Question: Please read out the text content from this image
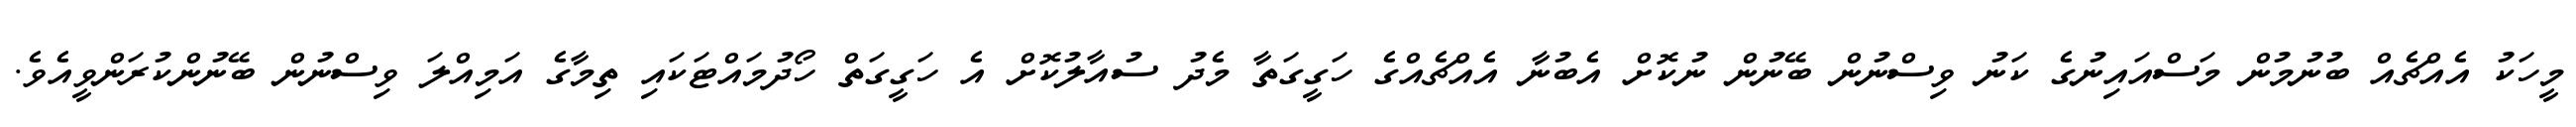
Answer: މީހަކު އެއްޗެއް ބުނުމުން މަސްއައިނުގެ ކަނު ވިސްނުން ބޭނުން ނުކޮށް އެބުނާ އެއްޗެއްގެ ހަގީގަތާ މެދު ސުއާލުކޮށް އެ ހަގީގަތް ހޯދުމައްޓަކައި ތިމާގެ އަމިއްލަ ވިސްނުން ބޭނުންކުރަންވީއެވެ.